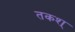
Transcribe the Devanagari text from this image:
तकश्